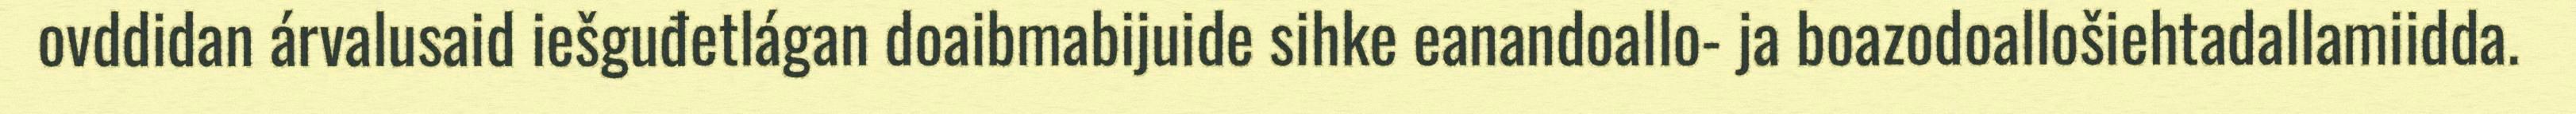
ovddidan árvalusaid iešguđetlágan doaibmabijuide sihke eanandoallo- ja boazodoallošiehtadallamiidda.